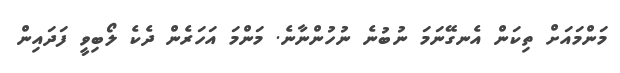
މަންމައަށް ތިކަން އެނގޭނަމަ ނުބުނެ ނުހުންނާނެ. މަންމަ އަހަރެން ދެކެ ލޯބިވީ ފަދައިން